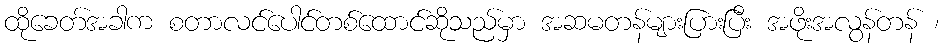
ထိုခေတ်အခါက စတာလင်ပေါင်တစ်ထောင်ဆိုသည်မှာ အဆမတန်များပြားပြီး အဖိုးအလွန်တန် ၊